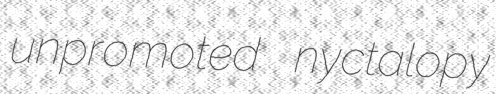
unpromoted nyctalopy